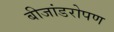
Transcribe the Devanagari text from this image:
बीजांडरोपण